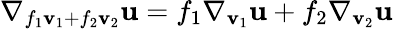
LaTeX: \nabla_{f_{1}\mathbf{v}_{1}+f_{2}\mathbf{v}_{2}}\mathbf{u}=f_{1}\nabla_{\mathbf{v}_{1}}\mathbf{u}+f_{2}\nabla_{\mathbf{v}_{2}}\mathbf{u}